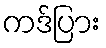
ကဒ်ပြား